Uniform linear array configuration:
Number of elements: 48
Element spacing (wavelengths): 1
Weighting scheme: binomial
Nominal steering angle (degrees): -30
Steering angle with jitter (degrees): -28.615
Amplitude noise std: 0.05
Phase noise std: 0.05

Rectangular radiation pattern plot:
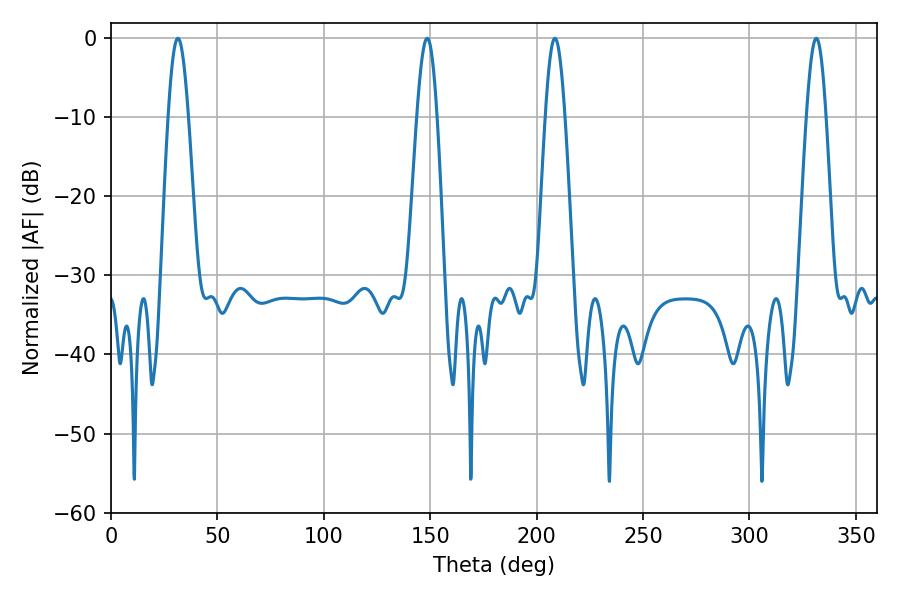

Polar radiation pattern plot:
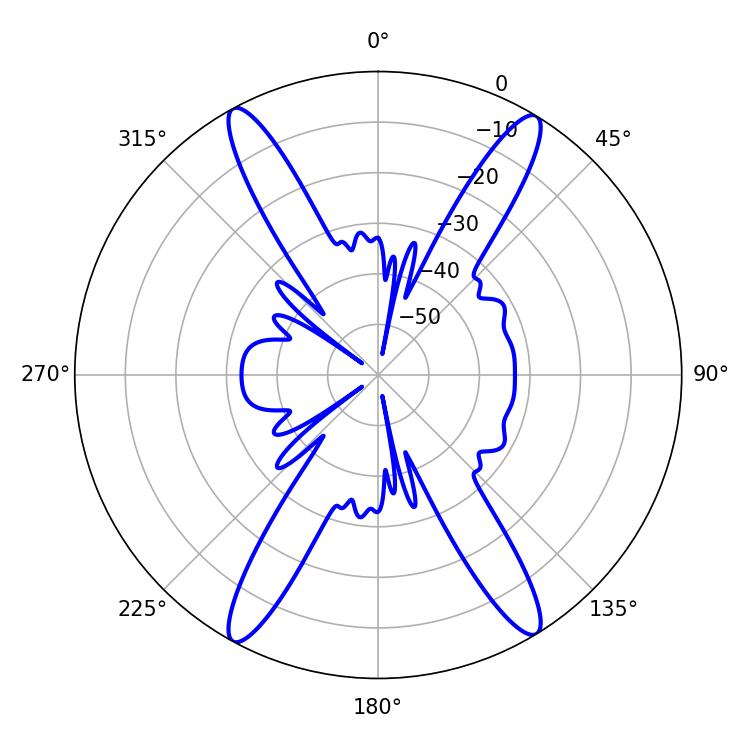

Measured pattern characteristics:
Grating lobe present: TRUE
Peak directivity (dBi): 22.351
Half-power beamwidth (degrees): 5.04
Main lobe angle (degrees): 208.62